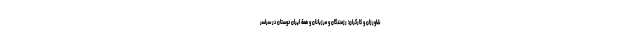
شاورزان و کارگران؛ رزمندگان و مرزبانان و همة ایران دوستان در سراسر